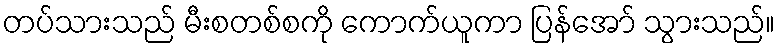
တပ်သားသည် မီးစတစ်စကို ကောက်ယူကာ ပြန်အော် သွားသည်။